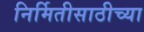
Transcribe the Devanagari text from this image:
निर्मितीसाठीच्या